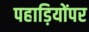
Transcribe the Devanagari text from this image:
पहाड़ियोंपर